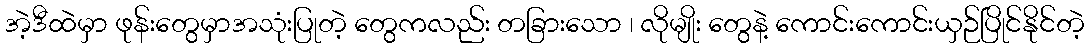
အဲ့ဒီထဲမှာ ဖုန်းတွေမှာအသုံးပြုတဲ့ တွေကလည်း တခြားသော ၊ လိုမျိုး တွေနဲ့ ကောင်းကောင်းယှဉ်ပြိုင်နိုင်တဲ့